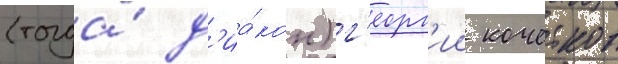
(тогда́ д'иа́кон) г'еорг'ии кочетков